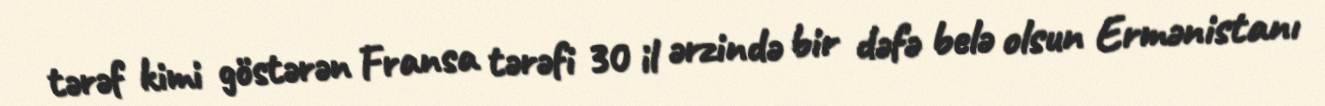
tərəf kimi göstərən Fransa tərəfi 30 il ərzində bir dəfə belə olsun Ermənistanı